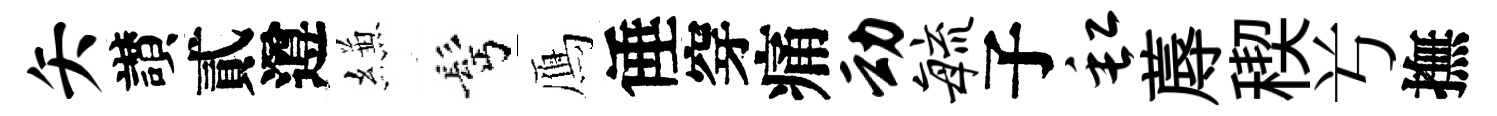
矢讃貳遵縑髩鴈倕穿痛动敏子缸蓐稧𠔃撫